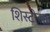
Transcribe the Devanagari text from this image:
शिस्टोसा